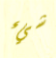
شيء